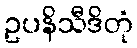
ဥပနိသီဒိတုံ